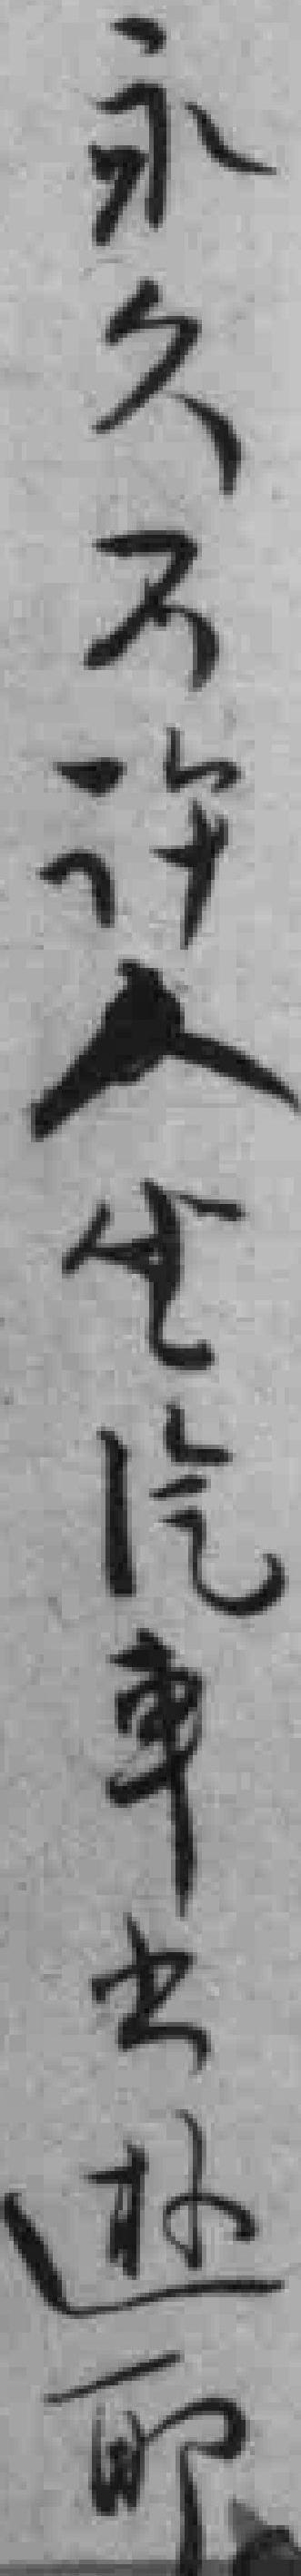
永久不许人坐汽車出遊*